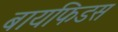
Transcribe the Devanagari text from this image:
बायफिडस